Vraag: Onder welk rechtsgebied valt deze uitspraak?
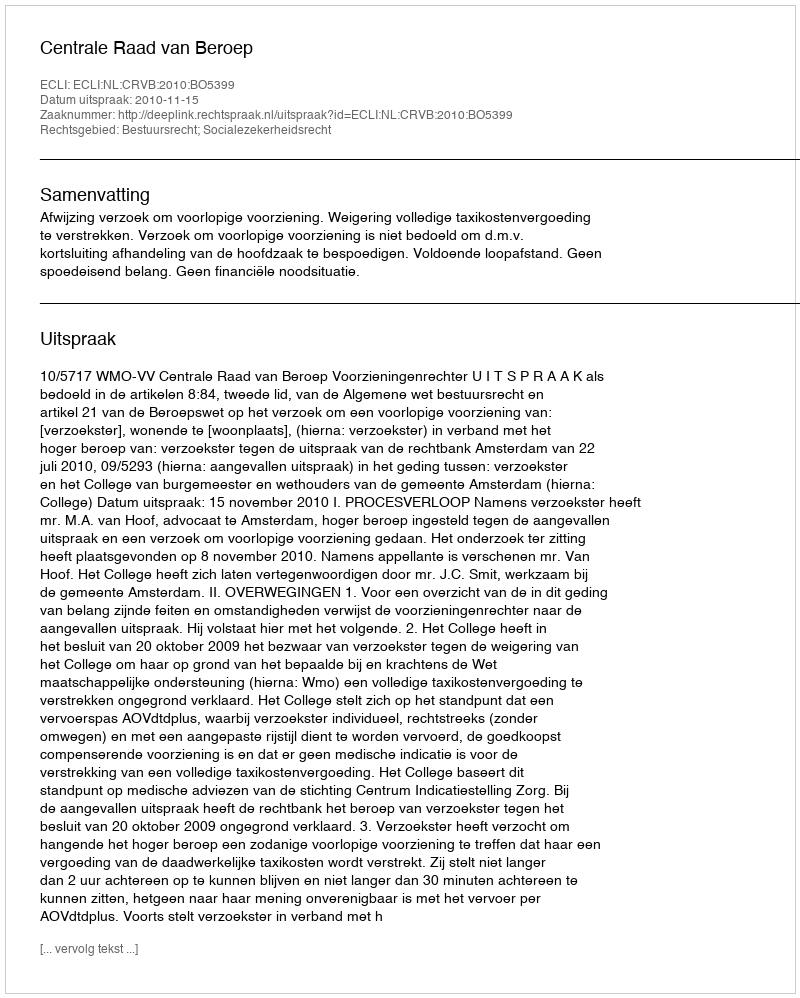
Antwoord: Bestuursrecht; Socialezekerheidsrecht